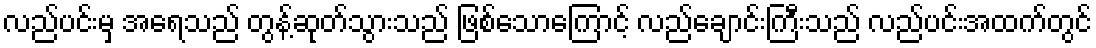
လည်ပင်းမှ အရေသည် တွန့်ဆုတ်သွားသည် ဖြစ်သောကြောင့် လည်ချောင်းကြီးသည် လည်ပင်းအထက်တွင်